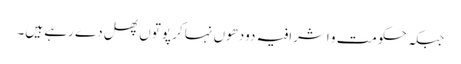
جبکہ حکومت و اشرافیہ دودھوں نہا کر پوتوں پھل دے رہے ہیں۔